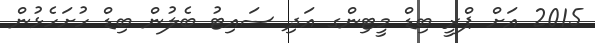
2015 އަށް ޕްރީ ބިޑް މީޓިންގ އަދި ސައިޓު ބެލުން ބިޑް ހުށަހެޅުން